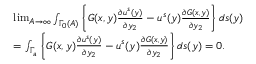
\begin{array} { r l } & { \operatorname* { l i m } _ { A \to \infty } \int _ { \Gamma _ { 0 } ( A ) } \left\{ G ( x , y ) \frac { \partial u ^ { s } ( y ) } { \partial y _ { 2 } } - u ^ { s } ( y ) \frac { \partial G ( x , y ) } { \partial y _ { 2 } } \right\} d s ( y ) } \\ & { = \int _ { \Gamma _ { a } } \left\{ G ( x , y ) \frac { \partial u ^ { s } ( y ) } { \partial y _ { 2 } } - u ^ { s } ( y ) \frac { \partial G ( x , y ) } { \partial y _ { 2 } } \right\} d s ( y ) = 0 . } \end{array}